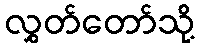
လွှတ်တော်သို့